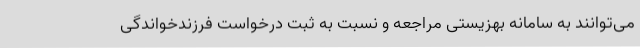
می‌توانند به سامانه بهزیستی مراجعه و نسبت به ثبت درخواست فرزندخواندگی